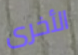
الأخرى